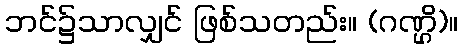
ဘင်၌သာလျှင် ဖြစ်သတည်း။ (ဂဏ္ဌိ)။